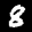
Label: 8